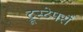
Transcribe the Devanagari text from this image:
ट्रूस्टेपर्स